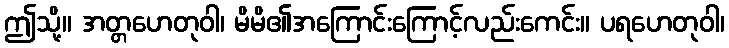
ဤသို့။ အတ္တဟေတုဝါ၊ မိမိ၏အကြောင်းကြောင့်လည်းကေင်း။ ပရဟေတုဝါ၊